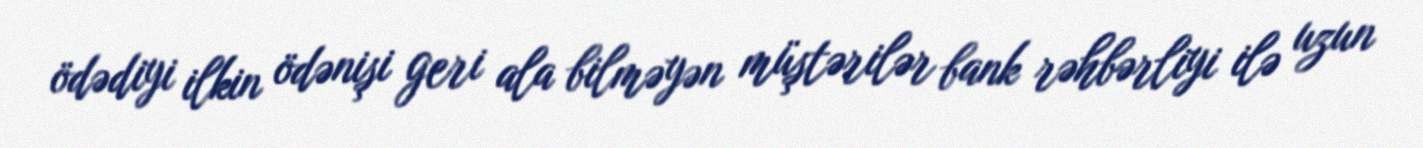
ödədiyi ilkin ödənişi geri ala bilməyən müştərilər bank rəhbərliyi ilə uzun